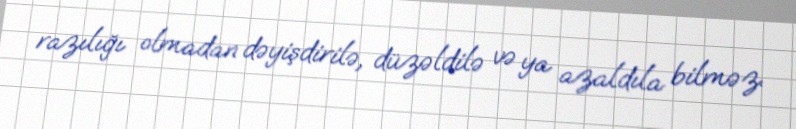
razılığı olmadan dəyişdirilə, düzəldilə və ya azaldıla bilməz.